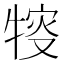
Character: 𤚔